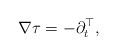
LaTeX: \begin{align*}\nabla \tau = -\partial_t^\top,\end{align*}